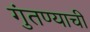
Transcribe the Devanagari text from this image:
गुंतण्याची